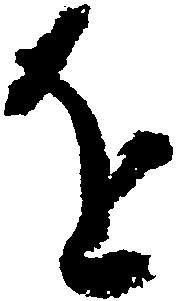
を